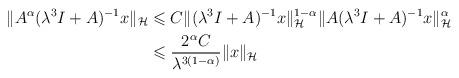
LaTeX: \begin{align*}\|A^{\alpha}(\lambda^3 I + A)^{-1}x\|_\mathcal{H} &\leqslant C \|(\lambda^3 I + A)^{-1}x\|_\mathcal{H}^{1-\alpha}\|A(\lambda^3 I + A)^{-1}x\|_\mathcal{H}^{\alpha}\\&\leqslant \dfrac{2^{\alpha}C}{\lambda^{3(1-\alpha)}}\|x\|_\mathcal{H}\end{align*}